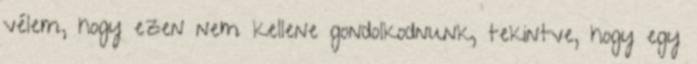
vélem, hogy ezen nem kellene gondolkodnunk, tekintve, hogy egy